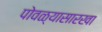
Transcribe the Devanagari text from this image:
पोवळ्यासारखा